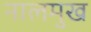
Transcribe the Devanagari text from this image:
नालमुख